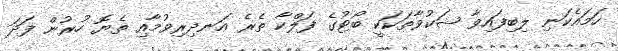
ހަމައެކަނި ލިބިފައިވާ ޝަކުވާތަކަކީ ބޯޓުގެ ފަލްކާ ތެރެ އަނދިރިވުމާއި ތެޔޮ ހުރުން ފަދަ